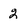
Character: 2